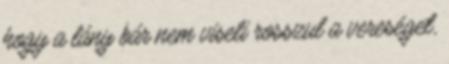
hogy a lány bár nem viseli rosszul a vereséget,